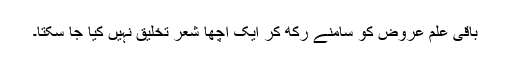
باقی علمِ عروض کو سامنے رکھ کر ایک اچھا شعر تخلیق نہیں کِیا جا سکتا۔